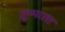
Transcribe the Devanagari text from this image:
तुम्माला